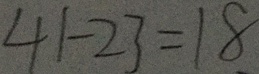
4 1 - 2 3 = 1 8